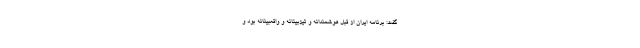
گفت: برنامه ایران از قبل هوشمندانه و تیزبینانه و واقعبینانه بود و